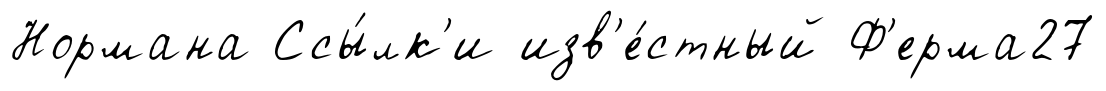
Нормана Ссы́лк'и изв'е́стный Ф'ерма27